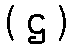
( ဌ )